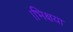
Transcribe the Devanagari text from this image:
।भिक्षया